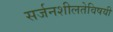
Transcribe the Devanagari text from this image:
सर्जनशीलतेविषयी